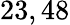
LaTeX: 23,48